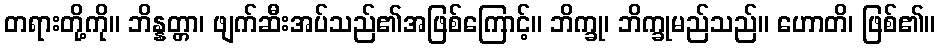
တရားတို့ကို။ ဘိန္နတ္တာ၊ ဖျက်ဆီးအပ်သည်၏အဖြစ်ကြောင့်။ ဘိက္ခု၊ ဘိက္ခုမည်သည်။ ဟောတိ၊ ဖြစ်၏။